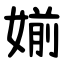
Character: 媊